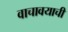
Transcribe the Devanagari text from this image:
वाचावयाचीं